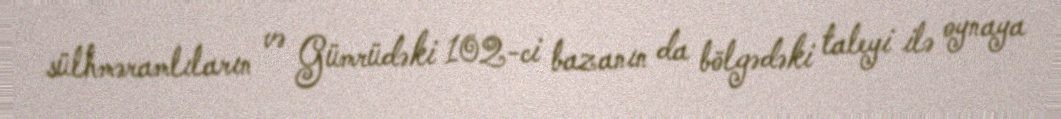
sülhməramlıların və Gümrüdəki 102-ci bazanın da bölgədəki taleyi ilə oynaya